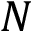
N